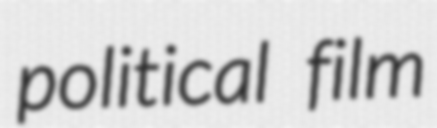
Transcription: political film